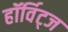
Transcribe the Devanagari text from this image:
हॉर्विट्ज